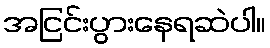
အငြင်းပွားနေရဆဲပါ။